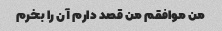
من موافقم من قصد دارم آن را بخرم